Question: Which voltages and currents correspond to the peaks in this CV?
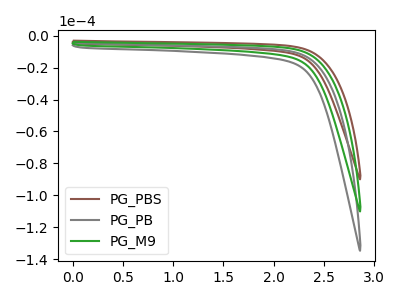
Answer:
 <answer>The brown curve "PG_PBS" has no peaks. The gray curve "PG_PB" has no peaks. The green curve "PG_M9" has no peaks.</answer>
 <eval></eval>